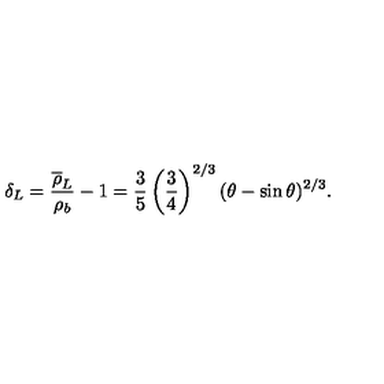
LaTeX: \delta _ { L } = { \frac { \overline { \rho } _ { L } } { \rho _ { b } } } - 1 = { \frac { 3 } { 5 } } \left( { \frac { 3 } { 4 } } \right) ^ { 2 / 3 } ( \theta - \sin \theta ) ^ { 2 / 3 } .